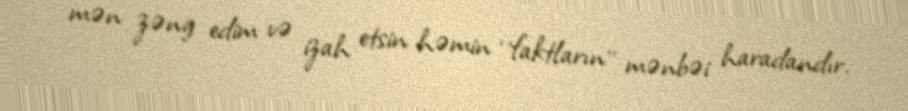
mən zəng edim və izah etsin həmin ‘’faktların’’ mənbəi haradandır.